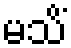
မသိံ